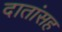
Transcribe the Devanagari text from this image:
दातांसह